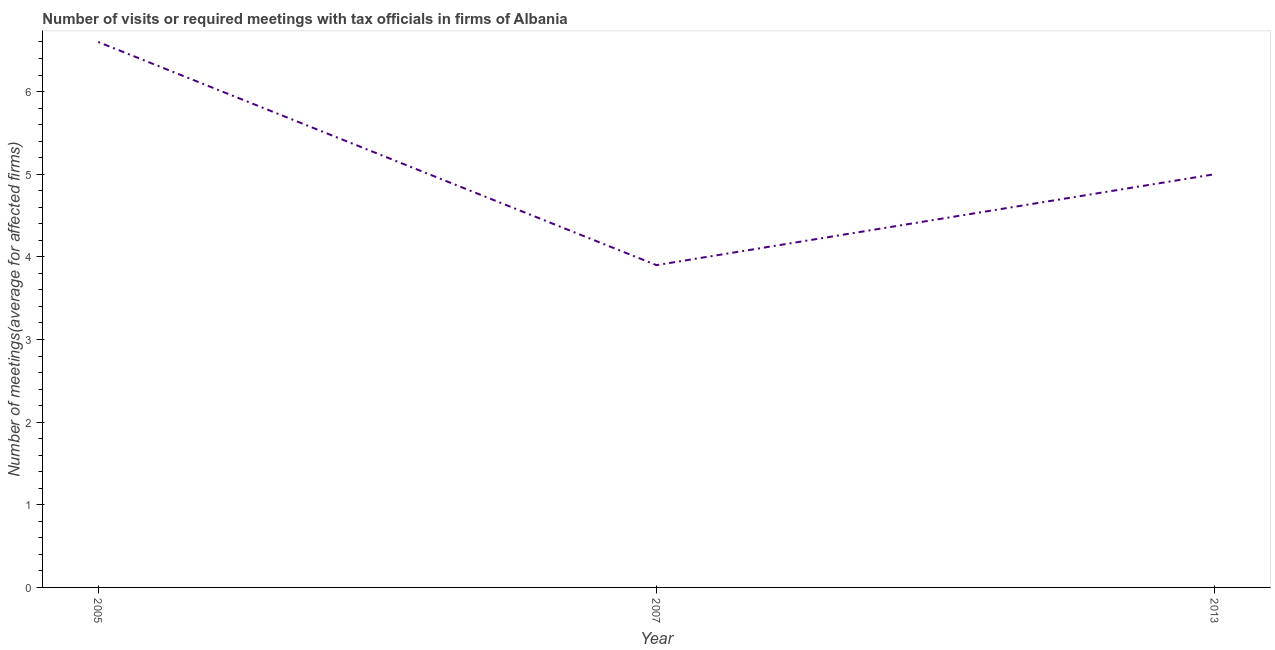
| Year | Meetings with tax officials |
 | --- | --- |
 | 2005 | 6.6 |
 | 2007 | 3.9 |
 | 2013 | 5 |